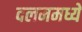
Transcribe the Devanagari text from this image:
दलममध्ये